Civil Veterinary Department Bengal reports 1933-51 - 1933-1951
Year: 1933
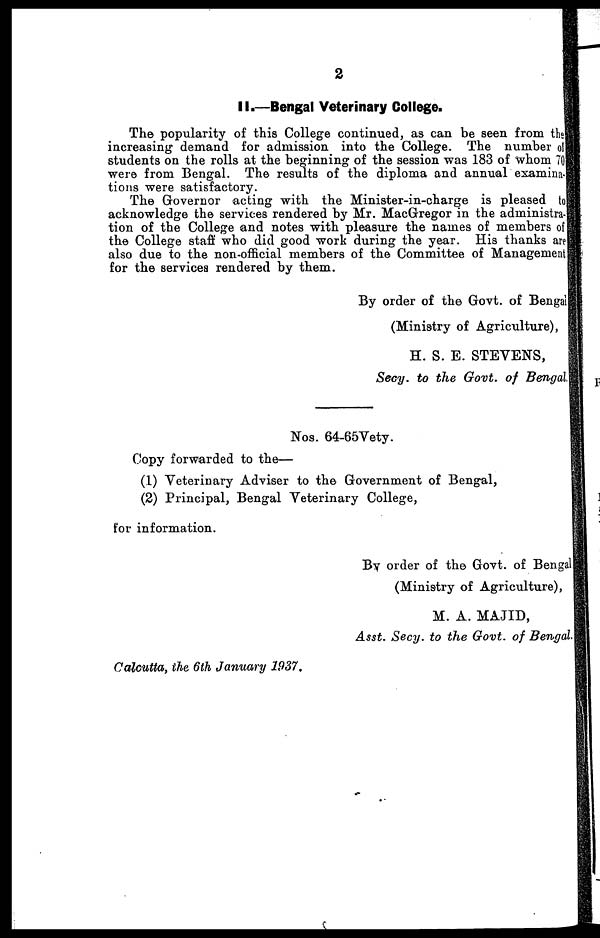
2
II.—Bengal Veterinary College.
The popularity of this College continued, as can be seen from the
increasing demand for admission into the College. The number of
students on the rolls at the beginning of the session was 183 of whom 70
were from Bengal. The results of the diploma and annual examina-
tions were satisfactory.
The Governor acting with the Minister-in-charge is pleased to
acknowledge the services rendered by Mr. MacGregor in the administra-
tion of the College and notes with pleasure the names of members of
the College staff who did good work during the year. His thanks are
also due to the non-official members of the Committee of Management
for the services rendered by them.
By order of the Govt. of Bengal
(Ministry of Agriculture),
H. S. E. STEVENS,
Secy. to the Govt. of Bengal
Nos. 64-65Vety.
Copy forwarded to the—
(1) Veterinary Adviser to the Government of Bengal,
(2) Principal, Bengal Veterinary College,
for information.
By order of the Govt. of Bengal
(Ministry of Agriculture),
M. A. MAJID,
Asst. Secy. to the Govt. of Bengal.
Calcutta, the 6th January 1937.